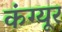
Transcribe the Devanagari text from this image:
कंग्‍यूर